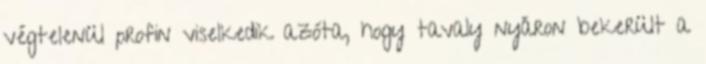
végtelenül profin viselkedik azóta, hogy tavaly nyáron bekerült a